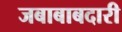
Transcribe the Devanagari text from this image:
जबाबाबदारी